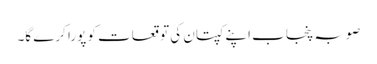
صوبہ پنجاب اپنے کپتان کی توقعات کو پورا کرے گا۔